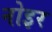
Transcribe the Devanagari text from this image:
नोइर